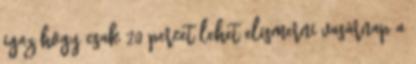
igaz hogy csak 20 percet lehet elismerni vasárnap a